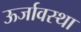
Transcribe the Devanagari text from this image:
ऊर्जावस्था